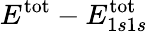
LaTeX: E^{\textrm{tot}}-E_{1s1s}^{\mathrm{tot}}